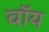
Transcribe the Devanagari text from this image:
वॉय